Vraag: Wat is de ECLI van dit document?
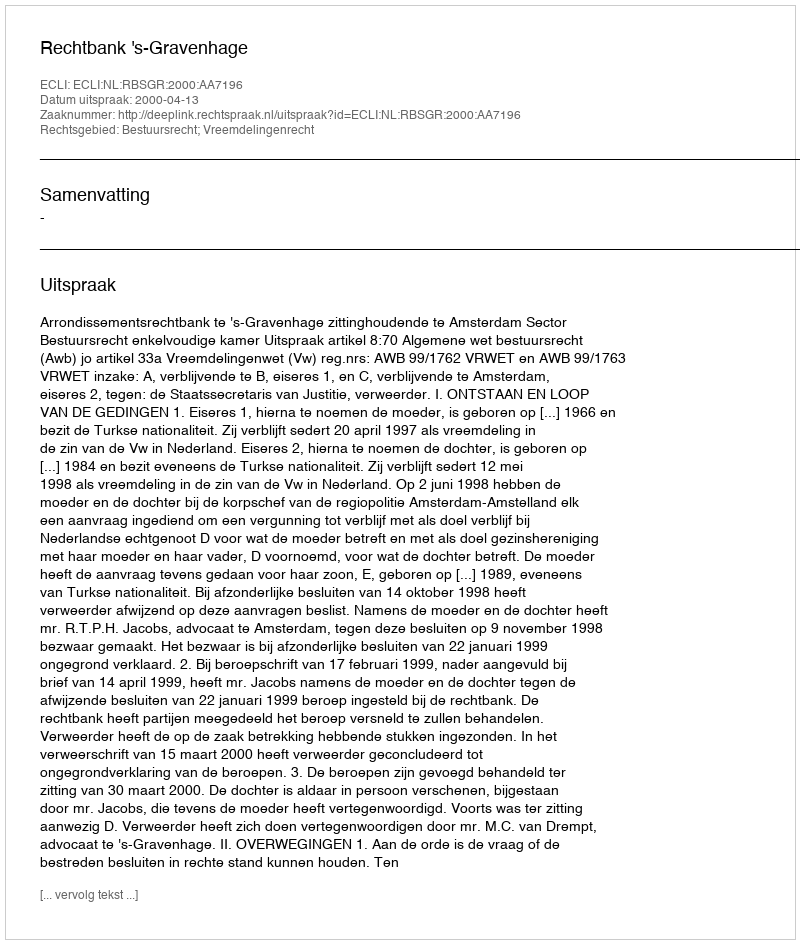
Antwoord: ECLI:NL:RBSGR:2000:AA7196